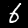
Digit: 6